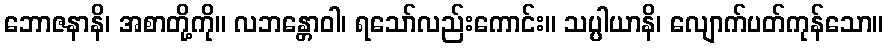
ဘောဇနာနိ၊ အစာတို့ကို။ လဘန္တောဝါ၊ ရသော်လည်းကောင်း။ သပ္ပါယာနိ၊ လျောက်ပတ်ကုန်သော။